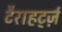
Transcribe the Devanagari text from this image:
टैराहर्ट्ज़